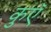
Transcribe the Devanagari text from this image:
कुएॅ